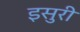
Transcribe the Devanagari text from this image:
इसुरी